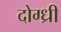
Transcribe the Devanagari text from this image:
दोग्ध्री